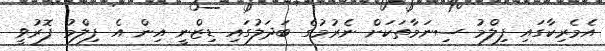
އެމެރިކާގައި ފިލްމު ސިނަމާތަކަށް ނެރުމުގެ ބަދަލުގައި ޑިޒްނީ އިން އެ ފިލްމު ފޮރުވީ